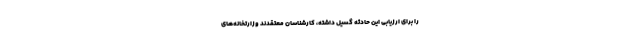
را برای ارزیابی این حادثه گسیل داشته، کارشناسان معتقدند وزارتخانه‌های